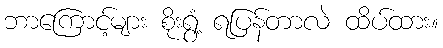
ဘာကြောင့်များ စိုးရွံ့ ရပြန်တာလဲ ထိပ်ထား။